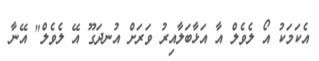
އެކަމަކު އޯ ލެވެލް އާ އަޅާބަލާއިރު ވަރަށް އުނދަގޫ އޭ ލެވެލް" އޭނާ